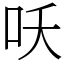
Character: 㕭